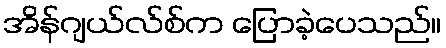
အိန်ဂျယ်လ်စ်က ပြောခဲ့ပေသည်။